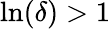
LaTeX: \ln(\delta)>1